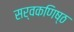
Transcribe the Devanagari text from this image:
सर्वकणिष्ठ